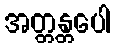
အတ္တန္တပေါ